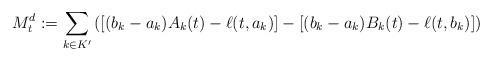
LaTeX: \begin{align*}M^d_t:=\sum_{k\in K'}\left([(b_k-a_k)A_k(t)-\ell(t,a_k)]-[(b_k-a_k)B_k(t)-\ell(t,b_k)] \right)\end{align*}